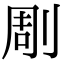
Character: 㓮